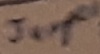
Text: Jumper